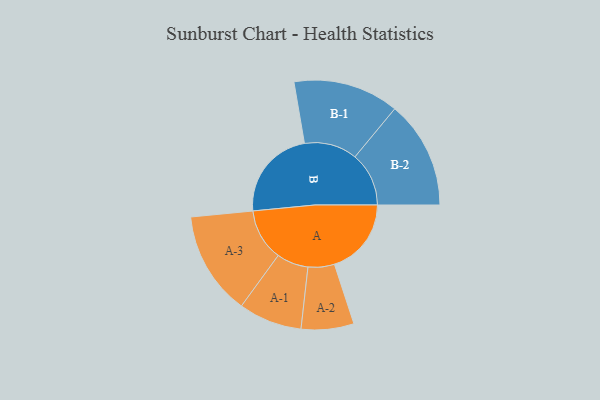
{"axis": {"x": "Segment", "y": "Value"}, "legend": ["", "A", "B"], "data": [{"x": "A", "y": 371, "type": ""}, {"x": "B", "y": 443, "type": ""}, {"x": "A-1", "y": 153, "type": "A"}, {"x": "A-2", "y": 127, "type": "A"}, {"x": "A-3", "y": 250, "type": "A"}, {"x": "B-1", "y": 255, "type": "B"}, {"x": "B-2", "y": 260, "type": "B"}]}